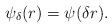
LaTeX: \begin{align*} \psi_{\delta}(r) = \psi (\delta r).\end{align*}